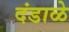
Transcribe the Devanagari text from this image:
दंडाळे